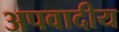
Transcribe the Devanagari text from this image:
अपवादीय